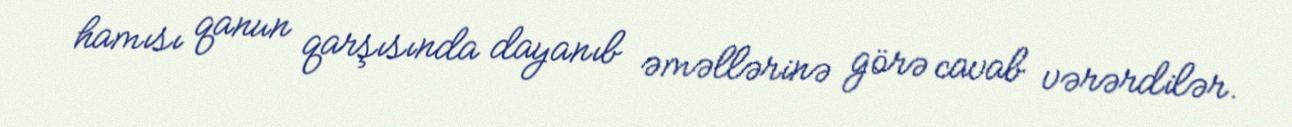
hamısı qanun qarşısında dayanıb əməllərinə görə cavab vərərdilər.